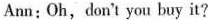
Ann:Oh, don't you buy it?